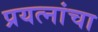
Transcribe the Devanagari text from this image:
प्रयत्‍नांचा